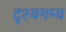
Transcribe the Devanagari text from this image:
दृश्यगम्य